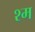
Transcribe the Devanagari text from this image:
श्म